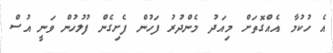
އެ ހުކުމާ އެއްގޮތަށް މިއަދު މެންދުރު ފަހުން ފެށިގެން ފުލުހުން ވަނީ އުސް